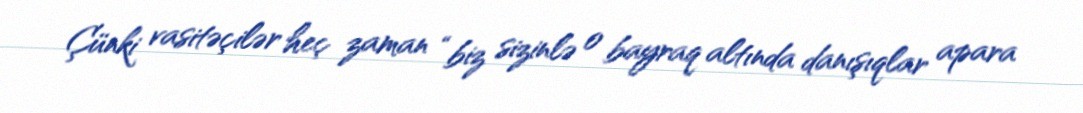
Çünki vasitəçilər heç zaman “biz sizinlə o bayraq altında danışıqlar apara